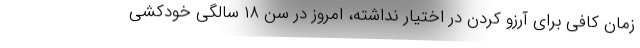
زمان کافی برای آرزو کردن در اختیار نداشته، امروز در سن ۱۸ سالگی خودکشی